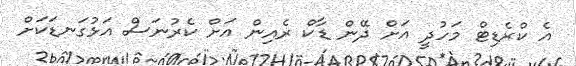
އެ ކްރެޑިޓް މަހުދީ އަށް ދޭން ޑާކް ރެއިން އަށް ކެރުނަސް އަޅުގަނޑަކަށް